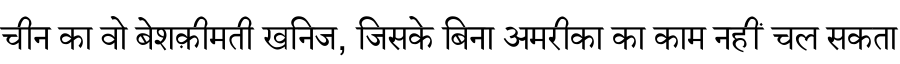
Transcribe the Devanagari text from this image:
चीन का वो बेशक़ीमती खनिज, जिसके बिना अमरीका का काम नहीं चल सकता